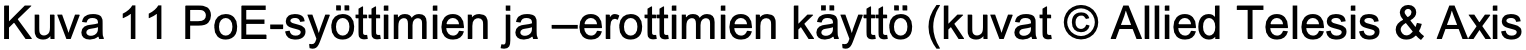
Kuva 11 PoE-syöttimien ja –erottimien käyttö (kuvat © Allied Telesis & Axis